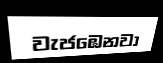
වැජඹෙනවා